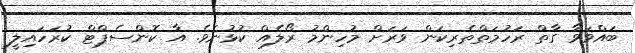
ބައްވަވާ ގާތް ރަހުމަތްތެރިކަން ވަރަށް މުހިންމު ރޯލެއް ކުޅުނެވެ. އާ ކޮންސެޕްޓް ކުރަހައިލީ